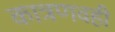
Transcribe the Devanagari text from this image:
कात्रणवही